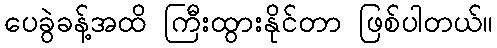
ပေခွဲခန့်အထိ ကြီးထွားနိုင်တာ ဖြစ်ပါတယ်။